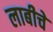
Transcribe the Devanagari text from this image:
लाबीचे